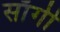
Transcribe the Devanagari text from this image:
साँगी